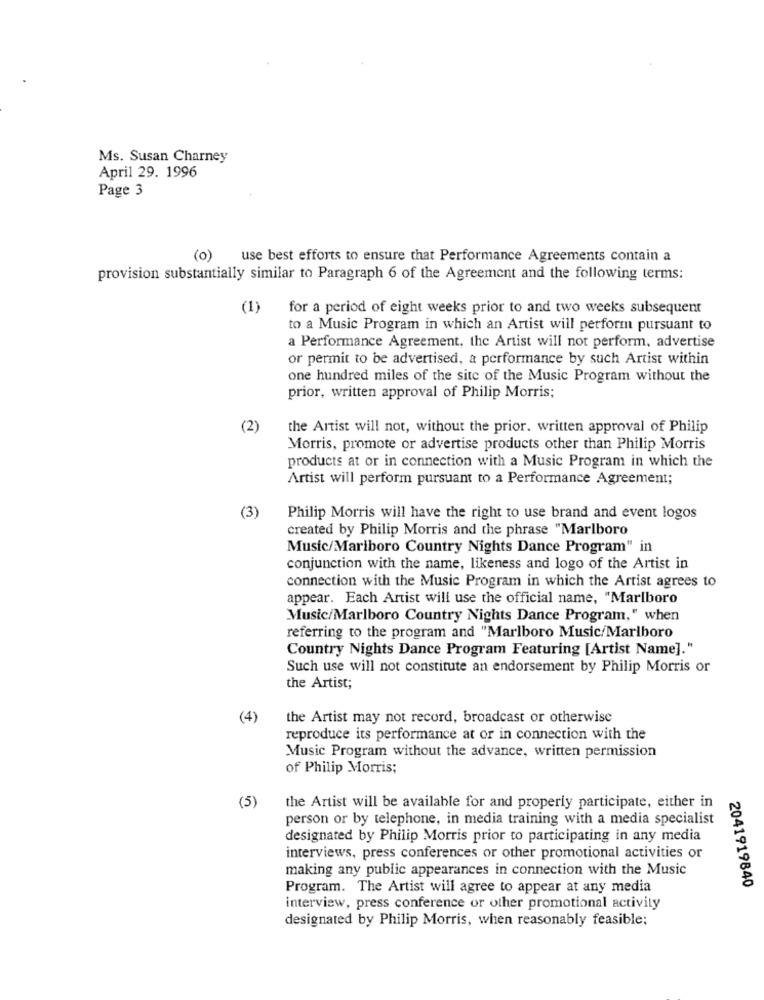
Ms. Susan Charney
April 29. 1996
Page 3
(o) use best efforts to ensure that Performance Agreements contain a
provision substantially similar to Paragraph 6 of the Agreement and the following terms:
(1)
for a period of eight weeks prior to and two weeks subsequent
to a Music Program in which an Artist will perform pursuant to
a Performance Agreement, the Artist will not perform, advertise
or permit to be advertised, a performance by such Artist within
one hundred miles of the site of the Music Program without the
prior, written approval of Philip Morris;
(2)
the Artist will not, without the prior. written approval of Philip
Morris, promote or advertise products other than Philip Morris
products at or in connection with a Music Program in which the
Artist will perform pursuant to a Performance Agreement;
(3)
Philip Morris will have the right to use brand and event logos
created by Philip Morris and the phrase "Marlboro
Music/Mariboro Country Nights Dance Program" in
conjunction with the name, likeness and logo of the Artist in
connection with the Music Program in which the Artist agrees to
appear. Each Artist will use the official name, "Marlboro
Music/Marlboro Country Nights Dance Program," when
referring to the program and "Marlboro Music/Marlboro
Country Nights Dance Program Featuring [Artist Name]."
Such use will not constitute an endorsement by Philip Morris or
the Artist;
(4)
the Artist may not record, broadcast or otherwise
reproduce its performance at or in connection with the
Music Program without the advance, written permission
of Philip Morris;
(5)
the Artist will be available for and properly participate, either in
person or by telephone, in media training with a media specialist
designated by Philip Morris prior to participating in any media
interviews, press conferences or other promotional activities or
making any public appearances in connection with the Music
Program. The Artist will agree to appear at any media
2041919840
interview, press conference or other promotional activity
designated by Philip Morris, when reasonably feasible;